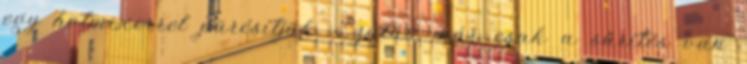
egy botmixerrel pürésítjük. Ezután már csak a sűrítés van